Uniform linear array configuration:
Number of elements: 8
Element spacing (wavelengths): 1
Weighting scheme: kaiser
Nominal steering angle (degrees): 0
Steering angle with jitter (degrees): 0.1267
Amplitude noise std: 0.05
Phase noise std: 0.05

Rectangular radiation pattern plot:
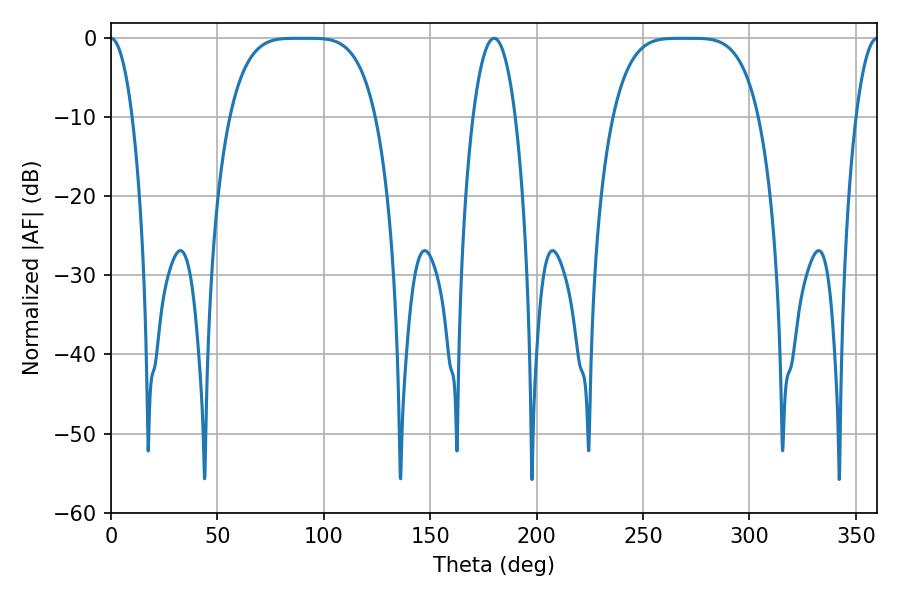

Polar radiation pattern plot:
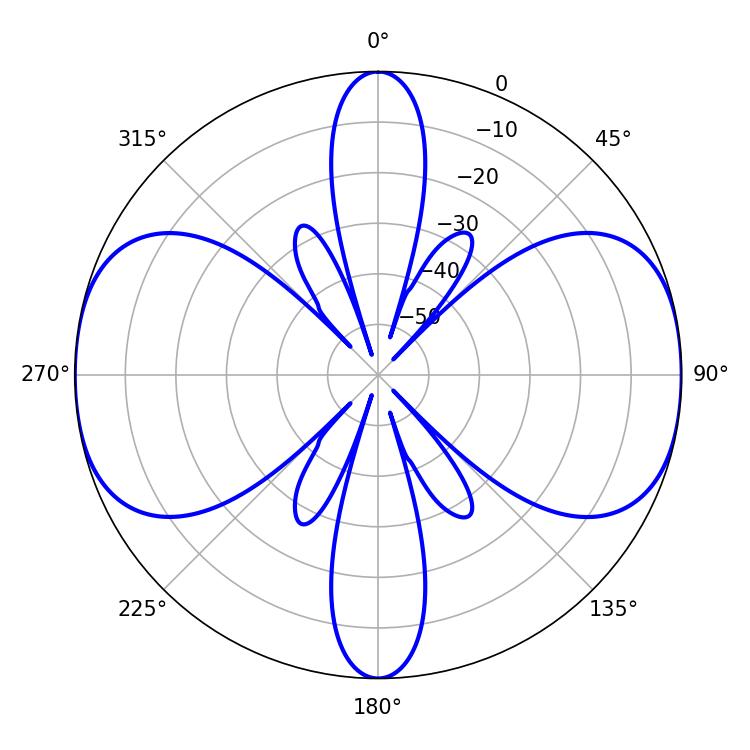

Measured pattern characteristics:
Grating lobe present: TRUE
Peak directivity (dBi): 29.987
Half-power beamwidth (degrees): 51.12
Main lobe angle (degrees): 88.74